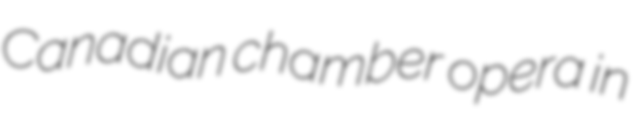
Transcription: Canadian chamber opera in